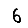
Digit: 6